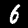
Digit: 6